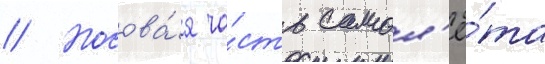
// Носова́я ча́сть самол'ё́та